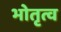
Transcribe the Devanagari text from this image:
भोतृत्व